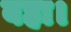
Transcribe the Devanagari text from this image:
बहा।